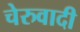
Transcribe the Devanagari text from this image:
चेरुवादी